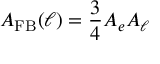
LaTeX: A _ { \mathrm { F B } } ( \ell ) = \frac { 3 } { 4 } A _ { e } A _ { \ell }